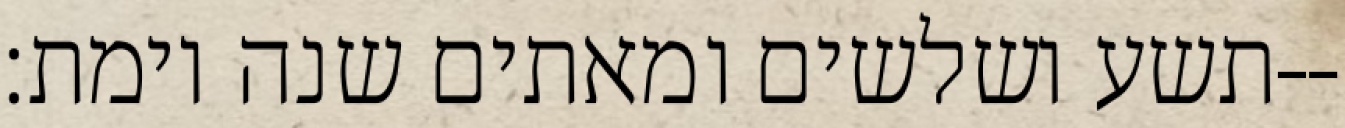
תשע ושלשים ומאתים שנה וימת׃--